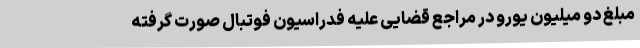
مبلغ دو میلیون یورو در مراجع قضایی علیه فدراسیون فوتبال صورت گرفته